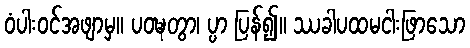
ဝံပါးဝင်အဖျာမှ။ ပဝဍ္ဎတွာ၊ ပ္ပာ ပြန်၍။ ဿခါပထမငါးဖြာသော